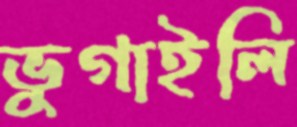
ভুগাইলি